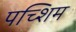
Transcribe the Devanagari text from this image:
पच्शिम